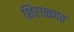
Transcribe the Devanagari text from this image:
शिराळ्यात